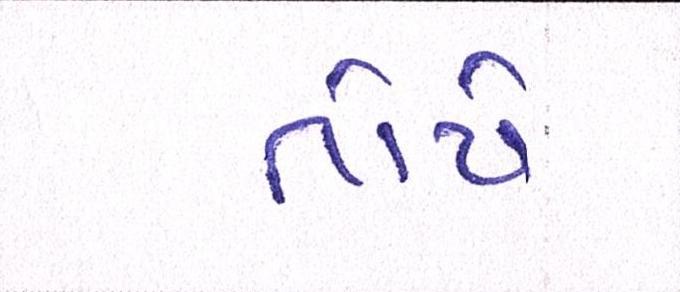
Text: તોયે